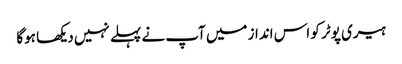
ہیری پوٹر کو اس انداز میں آپ نے پہلے نہیں دیکھا ہوگا